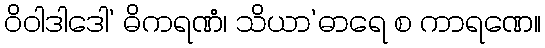
ဝိဝါဒါဒေါ’ ဓိကရဏံ၊ သိယာ’ဓာရေ စ ကာရဏေ။